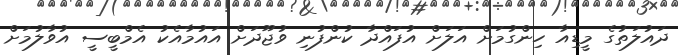
ދައުލަތުގެ މީޑިއާ ހިންގުމަށް އަލަށް އުފައްދާ ކުންފުނި ވުޖޫދަށް އައުމާއެކު އެމްބީސީ އުވާލުމަށް